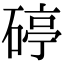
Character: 碠